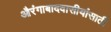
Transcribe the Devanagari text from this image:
औरंगाबादवासीयांसाठी